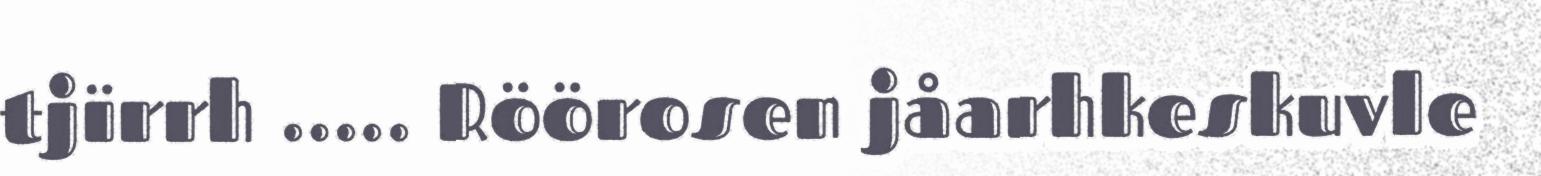
tjïrrh ….. Röörosen jåarhkeskuvle